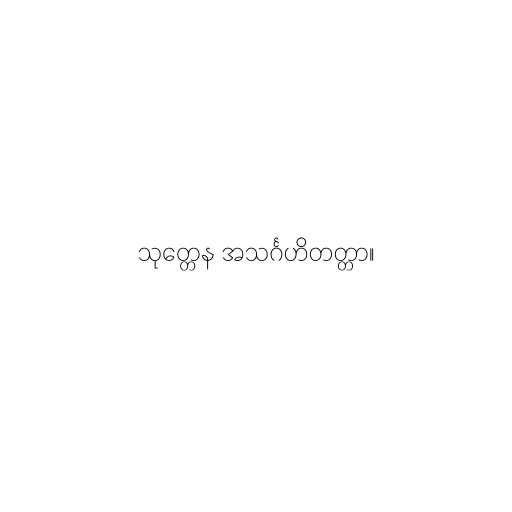
သုတ္တေန အသင်္ဂဟိတတ္တာ။